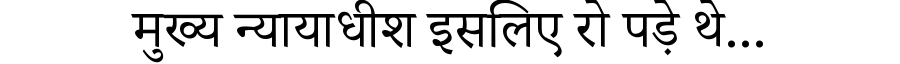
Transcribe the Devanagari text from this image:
मुख्य न्यायाधीश इसलिए रो पड़े थे...